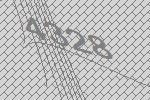
4328